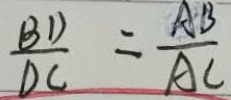
\frac { B D } { D C } = \frac { A B } { A C }